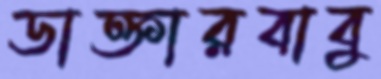
ডাক্তারবাবু